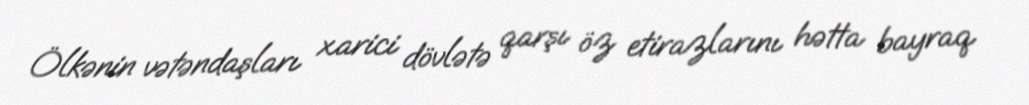
Ölkənin vətəndaşları xarici dövlətə qarşı öz etirazlarını hətta bayraq